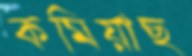
কমিয়াছ